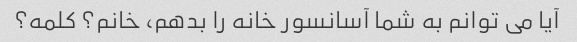
آیا می توانم به شما آسانسور خانه را بدهم، خانم؟ کلمه؟